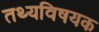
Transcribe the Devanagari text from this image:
तथ्यविषयक